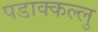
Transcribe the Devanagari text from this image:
पडाक्कल्लु